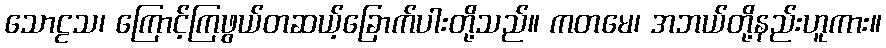
သောဠသ၊ ကြောင့်ကြဖွယ်တဆယ့်ခြောက်ပါးတို့သည်။ ကတမေ၊ အဘယ်တို့နည်းဟူကား။